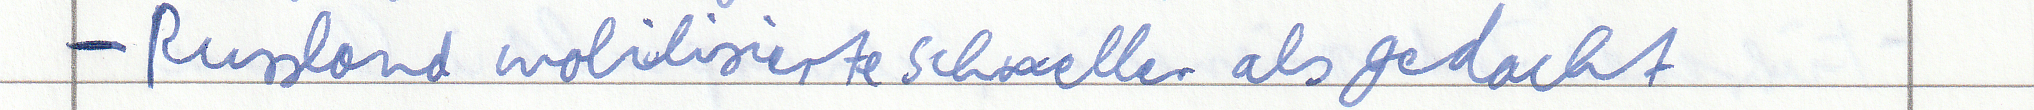
- Russland mobilisiert schneller als gedacht